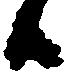
候